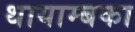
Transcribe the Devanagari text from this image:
थायाम्बका